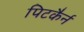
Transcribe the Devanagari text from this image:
पिटकैर्न